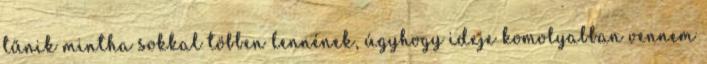
tűnik mintha sokkal többen lennének, úgyhogy ideje komolyabban vennem